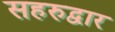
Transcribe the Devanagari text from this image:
सहरुद्वार